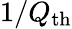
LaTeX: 1/Q_{\mathrm{th}}